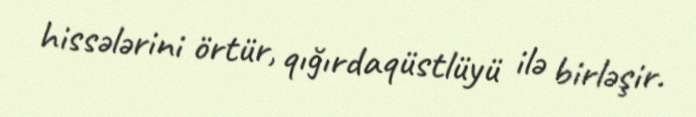
hissələrini örtür, qığırdaqüstlüyü ilə birləşir.